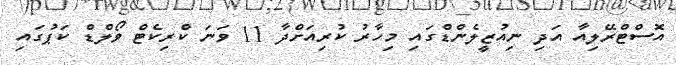
އޮސްޓްރޭލިއާ އަދި ނިއުޒީލެންޑްގައި މިހާރު ކުރިއަށްދާ 11 ވަނަ ކްރިކެޓް ވޯލްޑް ކަޕުގައި